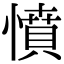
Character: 憤